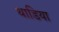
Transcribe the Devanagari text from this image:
थाडिया